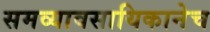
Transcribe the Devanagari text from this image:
समव्यावसायिकानेच